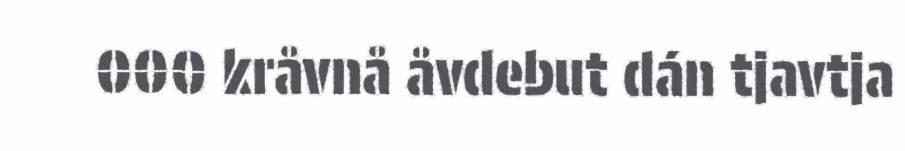
000 kråvnå åvdebut dán tjavtja